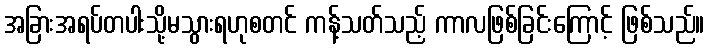
အခြားအရပ်တပါးသို့မသွားရဟုစတင် ကန့်သတ်သည့် ကာလဖြစ်ခြင်းကြောင့် ဖြစ်သည်။